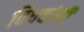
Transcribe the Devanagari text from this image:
विधवांनी